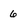
Character: 6